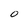
Character: 0